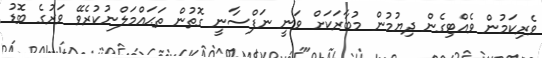
ވެރިކަމުން ވެއްޓިގެން ދިޔުމުން މުބާރަކަށް ވަނީ ނަފްސާނީ ގޮތުން ތަޙައްމަލްނުކުރެވޭ ވަރުގެ ބޮޑު